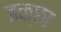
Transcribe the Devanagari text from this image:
इक्छा